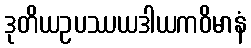
ဒုတိယဥပဿယဒါယကဝိမာနံ